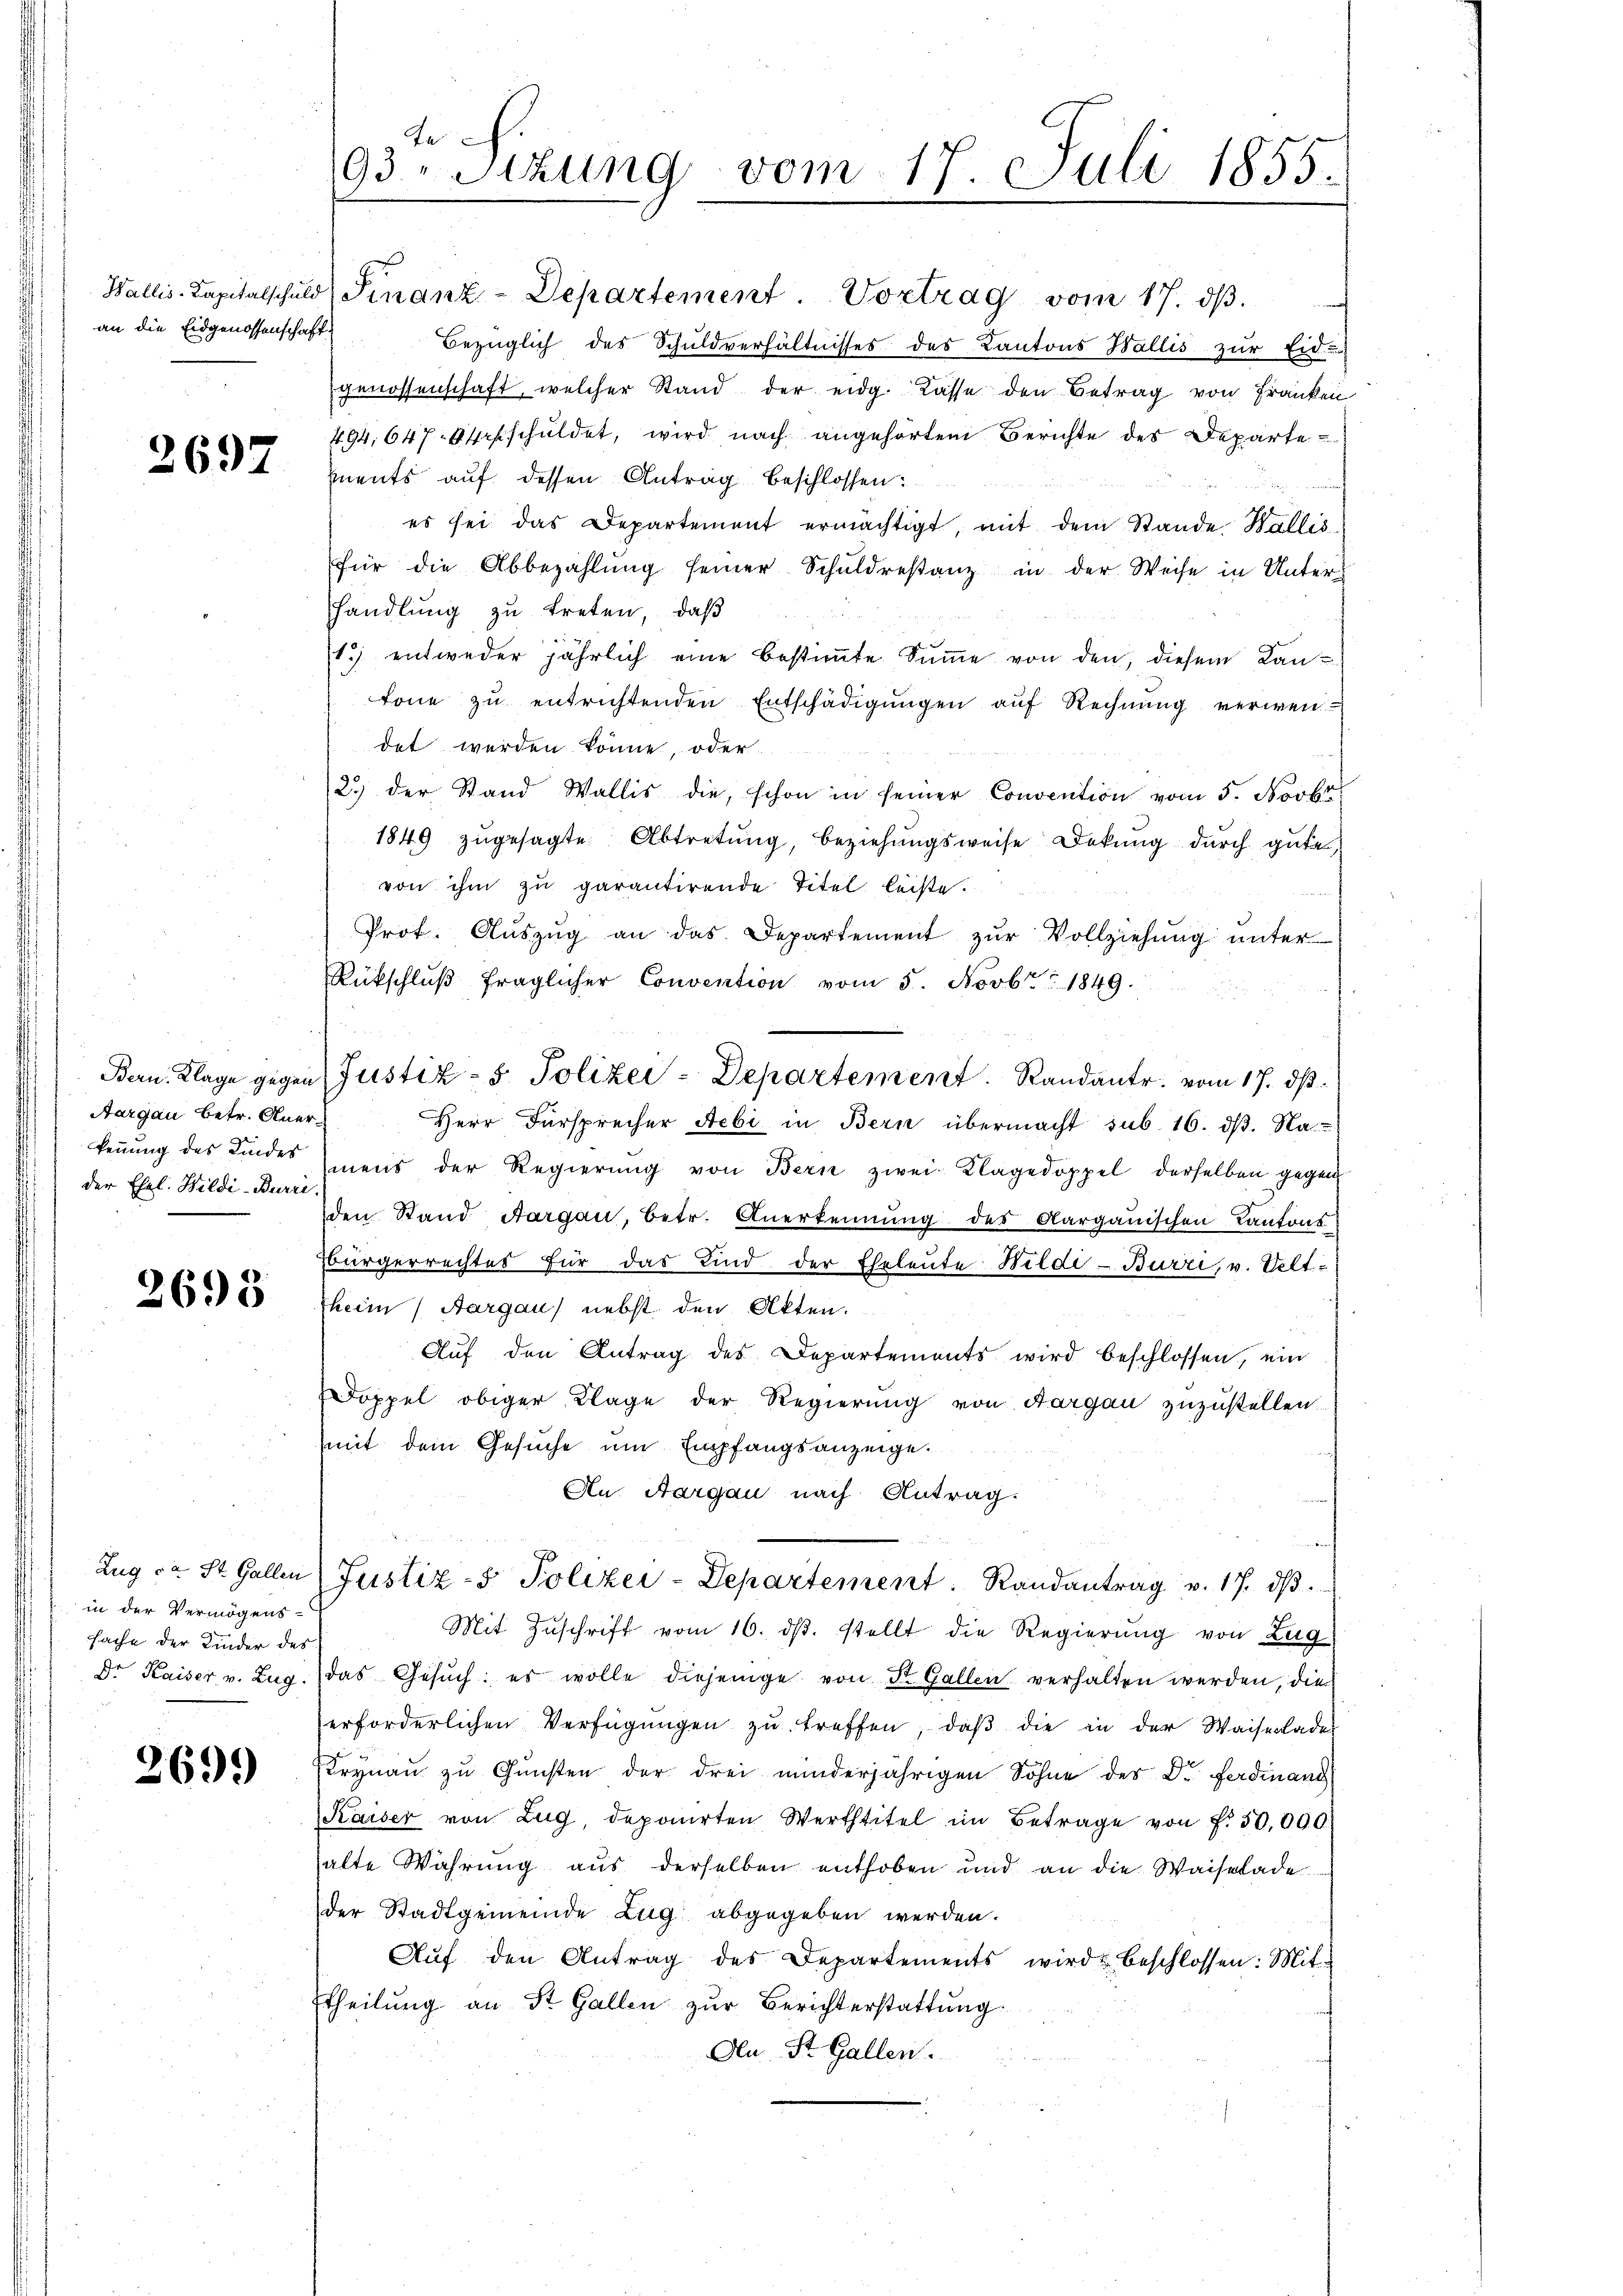
Wallis-Kapitalschuld
an die Eidgenossenschaft.

2697

Bern. Klage gegen
Aargau betr. Anerkennung des Kindes
der Ehel. Wildi-Burri

2693

in der Vermögens-
sache der Kinder des

269.

te
93. Sitzung vom 17. Juli 1855.

Justiz- & Polizei-Departement. Randante. vom 17. ds.

Finanz-Departement Vortrag vom 17. dβ.
Bezüglich des Schuldverhältnisses des Kantons Wallis zur Eid-
genossenschaft, welcher Stand der eidg. Kasse den Betrag von Franken
494,647. Erschuldet, wird nach angehörten Berichte des Departements auf dessen Antrag beschlossen:
es sei das Departement ermächtigt, mit dem Stande Wallis
für die Abbezahlŭng seiner Schuldrestanz in der Weise in Unter-
handlung zu treten, daß
15 entweder jährlich eine bestimmte Summe von den, diesem Kantone zŭ entrichtenden Entschädigŭngen auf Rechnung verwen
det werden könne, oder
2.) der Stand Wallis die, schon in seiner Convention vom 5. Novbr
1849 zŭgesagte Abtretung, beziehungsweise Dekŭng durch gute
von ihm zu garantirende Titel leiste.
Prof. Auszug an das Departement zur Vollziehung unter
Rückschlŭβ fraglicher Convention vom 5. Novbr. 1849.
Herr Fürsprecher Aebi in Bern übermacht sub. 16. dß. Na
mens der Regierŭng von Bern zwei Klagedoppel derselben gegen
den Stand Aargau, betr. Anerkennung des Aargauischen Kantons
Bürgerrechtes für das Kind der Eheleute Wildi-Burri, v. Veltzheim Aargau) nebst den Akten.
Aŭf den Antrag des Departements wird beschlossen, ein
Doppel obiger Klage der Regierung von Aargau zuzustellen.
mit dem Gesuche um Empfangsanzeige.
An Aargau nach Antrag.
Zug da St. Gallen Justiz- & Polizei-Departement. Randantrag v. 17. dβ.
Mit Zŭschrift vom 16. dβ. stellt die Regierung von Zug
Dr. Kaiser v. Zug. das Gesŭch: es wolle diejenige von St. Gallen verhalten werden, die
erforderlichen Verfügungen zu treffen, daß die in der Waiserlades
Trynau zu Gunsten der drei minderjährigen Söhne des Dr. Ferdinanz
Kaiser von Zug, deponirten Werttitel im Betrage von f. 50,000.
halte Währung aus derselben enthoben und an die Waiselade
der Stadtgemeinde Zug abgegeben werden.
Aŭf den Antrag des Departements wird beschlossen: Mit-
Theilung an St. Gallen zur Berichterstattung
An St. Gallen.